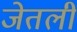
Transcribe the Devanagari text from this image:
जेतली